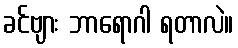
ခင်ဗျား ဘာရောဂါ ရတာလဲ။